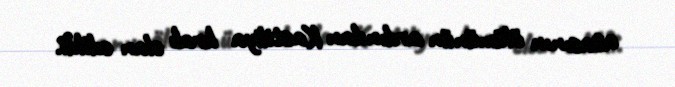
atasının ölümünün ardından Kastiliya kralı elan edildi.